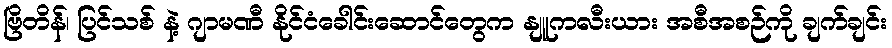
ဗြိတိန်၊ ပြင်သစ် နဲ့ ဂျာမဏီ နိုင်ငံခေါင်းဆောင်တွေက နျူကလီးယား အစီအစဉ်ကို ချက်ချင်း